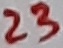
Text: 23